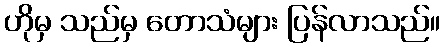
ဟိုမှ သည်မှ တောသံများ ပြန်လာသည်။